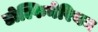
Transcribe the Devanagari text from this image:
डोल्फिनेरियम